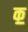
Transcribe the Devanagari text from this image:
क॒